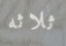
ثلاثه